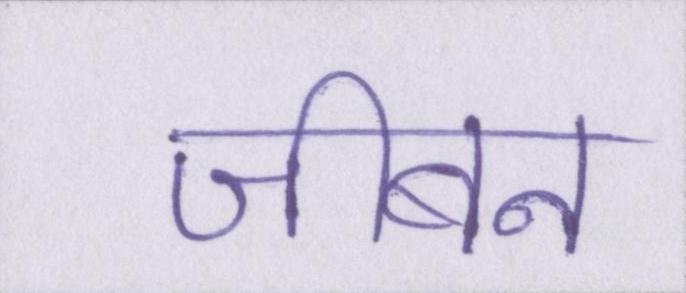
जीबन